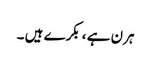
ہرن ہے ، بکرے ہیں ۔